Indian journal of veterinary science and animal husbandry - Volume 12,
Year: 1942
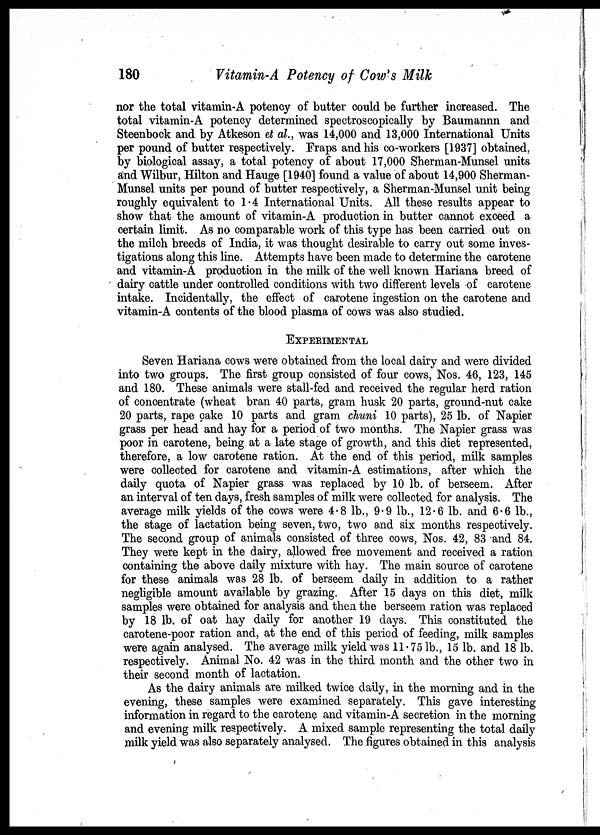
180
Vitamin-A Potency of Cow's Milk
nor the total vitamin-A potency of butter could be further increased. The
total vitamin-A potency determined spectroscopically by Baumannn and
Steenbock and by Atkeson et al., was 14,000 and 13,000 International Units
per pound of butter respectively. Fraps and his co-workers [1937] obtained,
by biological assay, a total potency of about 17,000 Sherman-Munsel units
and Wilbur, Hilton and Hauge [1940] found a value of about 14,900 Sherman-
Munsel units per pound of butter respectively, a Sherman-Munsel unit being
roughly equivalent to 1.4 International Units. All these results appear to
show that the amount of vitamin-A production in butter cannot exceed a
certain limit. As no comparable work of this type has been carried out on
the milch breeds of India, it was thought desirable to carry out some inves-
tigations along this line. Attempts have been made to determine the carotene
and vitamin-A production in the milk of the well known Hariana breed of
dairy cattle under controlled conditions with two different levels of carotene
intake. Incidentally, the effect of carotene ingestion on the carotene and
vitamin-A contents of the blood plasma of cows was also studied.
EXPERIMENTAL
Seven Hariana cows were obtained from the local dairy and were divided
into two groups. The first group consisted of four cows, Nos. 46, 123, 145
and 180. These animals were stall-fed and received the regular herd ration
of concentrate (wheat bran 40 parts, gram husk 20 parts, ground-nut cake
20 parts, rape cake 10 parts and gram chuni 10 parts), 25 lb. of Napier
grass per head and hay for a period of two months. The Napier grass was
poor in carotene, being at a late stage of growth, and this diet represented,
therefore, a low carotene ration. At the end of this period, milk samples
were collected for carotene and vitamin-A estimations, after which the
daily quota of Napier grass was replaced by 10 lb. of berseem. After
an interval of ten days, fresh samples of milk were collected for analysis. The
average milk yields of the cows were 4.8 lb., 9.9 lb., 12.6 lb. and 6.6 lb.,
the stage of lactation being seven, two, two and six months respectively.
The second group of animals consisted of three cows, Nos. 42, 83 and 84.
They were kept in the dairy, allowed free movement and received a ration
containing the above daily mixture with hay. The main source of carotene
for these animals was 28 lb. of berseem daily in addition to a rather
negligible amount available by grazing. After 15 days on this diet, milk
samples were obtained for analysis and then the berseem ration was replaced
by 18 lb. of oat hay daily for another 19 days. This constituted the
carotene-poor ration and, at the end of this period of feeding, milk samples
were again analysed. The average milk yield was 11.75 lb., 15 lb. and 18 lb.
respectively. Animal No. 42 was in the third month and the other two in
their second month of lactation.
As the dairy animals are milked twice daily, in the morning and in the
evening, these samples were examined separately. This gave interesting
information in regard to the carotene and vitamin-A secretion in the morning
and evening milk respectively. A mixed sample representing the total daily
milk yield was also separately analysed. The figures obtained in this analysis